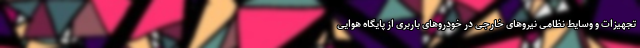
تجهیزات و وسایط نظامی نیروهای خارجی در خودروهای باربری از پایگاه هوایی